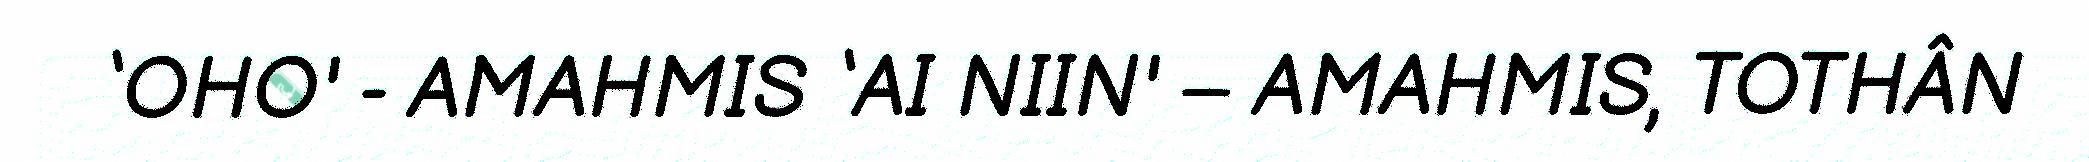
‘OHO' - AMAHMIS ‘AI NIIN' – AMAHMIS, TOTHÂN